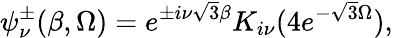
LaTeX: \psi_{\nu}^{\pm}(\beta,\Omega)=e^{\pm i\nu\sqrt{3}\beta}K_{i\nu}(4e^{-\sqrt{3}\Omega}),